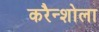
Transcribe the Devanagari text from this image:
करैन्शोला